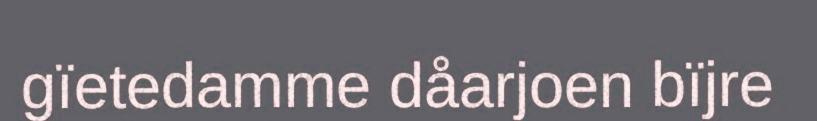
gïetedamme dåarjoen bïjre